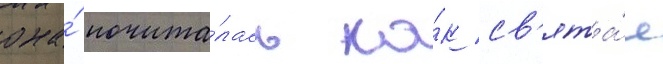
она́ почита́лась ка́к св'ята́я